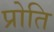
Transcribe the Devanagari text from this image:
प्रोति